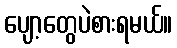
ပျော့တွေပဲစားရမယ်။